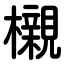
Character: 櫬